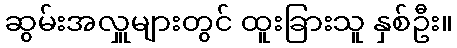
ဆွမ်းအလှူများတွင် ထူးခြားသူ နှစ်ဦး။